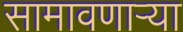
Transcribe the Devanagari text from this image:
सामावणाऱ्या